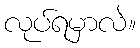
လုပ်ရမှာလဲ။